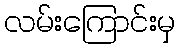
လမ်းကြောင်းမှ